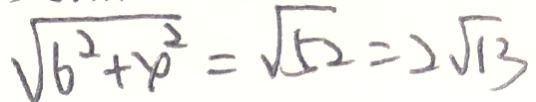
\sqrt { 6 ^ { 2 } + 4 ^ { 2 } } = \sqrt { 5 2 } = 2 \sqrt { 1 3 }